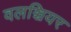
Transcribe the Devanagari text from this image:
वलञ्चियर